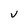
Character: V